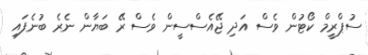
ސުޕްރީމް ކޯޓުން ވެސް އަދި ޖޭއެސްސީން ވެސް ރޭ ބަޔާން ނެރެ ބުނެފައި